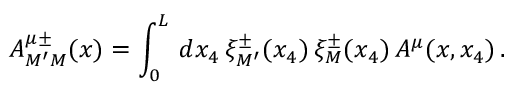
A _ { M ^ { \prime } M } ^ { \mu \pm } ( x ) = \int _ { 0 } ^ { L } \, d x _ { 4 } \, \xi _ { M ^ { \prime } } ^ { \pm } ( x _ { 4 } ) \, \xi _ { M } ^ { \pm } ( x _ { 4 } ) \, A ^ { \mu } ( x , x _ { 4 } ) \, .